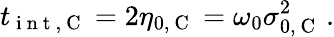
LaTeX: t_{\mathrm{~i~n~t~,~C~}}=2\eta_{0,\mathrm{~C~}}=\omega_{0}\sigma_{0,\mathrm{~C~}}^{2}\, .